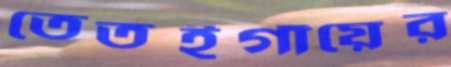
তেতইগাঁয়ের